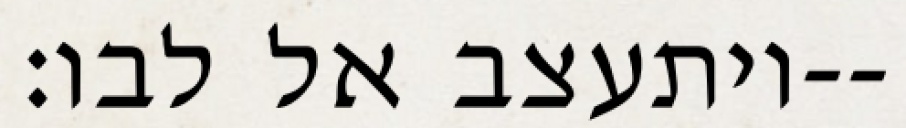
ויתעצב אל לבו׃--